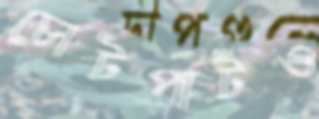
চোটপাটও